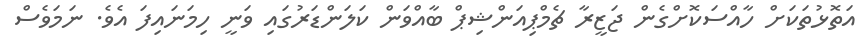
އަތޮޅުތަކަށް ހާއްސަކޮށްގެން ޖަޒީރާ ޗެމްޕިއަންޝިޕް ބާއްވަން ކަލަންޑަރުގައި ވަނީ ހިމަނައިފަ އެވެ. ނަމަވެސް